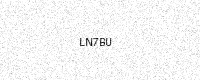
Text: LN7BU